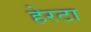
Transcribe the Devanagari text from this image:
हेरटा